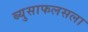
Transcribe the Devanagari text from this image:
ब्युसाफलसला